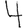
Digit: 4